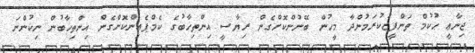
ޖިނާޢީ ޙުކުމް ތަންފީޒުކުރަމުންދާ މީހުން ބޭނުންކޮށްގެން ރިޔާސީ އިންތިޚާބުގެ ކެމްޕެއިންކޮށްގެން އިންތިޚާބުން ނިކުންނަ